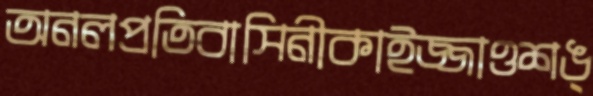
অনলপ্রতিবাসিনীকাইজ্জাওশঙ্